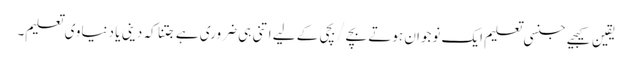
یقین کیجیے جنسی تعلیم ایک نوجوان ہوتے بچے/بچی کے لیے اتنی ہی ضروری ہے جتنا کہ دینی یا دنیاوی تعلیم۔